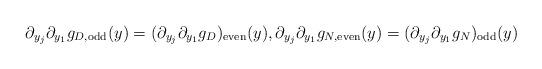
LaTeX: \begin{align*}\partial_{y_j} \partial_{y_1} g_{D,\mathrm{odd}}(y) = (\partial_{y_j} \partial_{y_1}g_D)_{\mathrm{even}}(y),\partial_{y_j} \partial_{y_1} g_{N,\mathrm{even}}(y) = (\partial_{y_j} \partial_{y_1}g_N)_{\mathrm{odd}}(y)\end{align*}